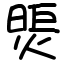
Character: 煚